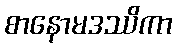
စာနောမဒဿိကာ